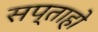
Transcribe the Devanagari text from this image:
सप्ताहो